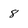
Character: 8